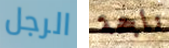
الرجل ناجحة